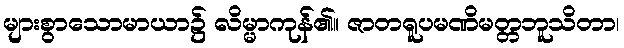
များစွာသောမာယာ၌ လိမ္မာကုန်၏။ ဇာတရူပမဏိမတ္တဘူသိတာ၊